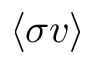
\left\langle \sigma v \right\rangle